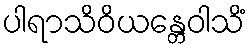
ပါရာသိဝိယန္တေဝါသိံ